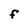
Character: F